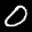
Label: 0